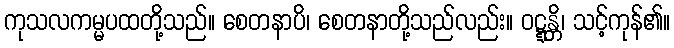
ကုသလကမ္မပထတို့သည်။ စေတနာပိ၊ စေတနာတို့သည်လည်း။ ဝဋ္ဋန္တိ၊ သင့်ကုန်၏။